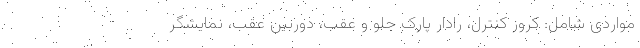
مواردی شامل: کروز کنترل، رادار پارک جلو و عقب، دوربین عقب، نمایشگر